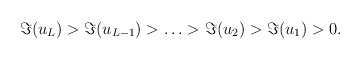
\begin{align*}\Im(u_L)>\Im (u_{L-1})>\ldots >\Im (u_2)>\Im (u_1)>0.\end{align*}